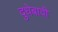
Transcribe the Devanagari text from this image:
दुधेबावी